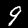
Label: 9